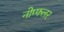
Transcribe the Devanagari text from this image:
नोप्फलर